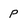
Character: p